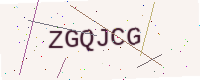
Text: ZGQJCG